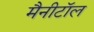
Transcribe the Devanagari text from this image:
मैनीटॉल